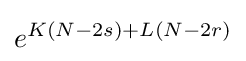
e^{K(N-2s)+L(N-2r)}